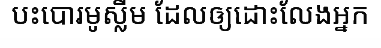
បះបោរមូស្លីម ដែលឲ្យដោះលែងអ្នក